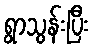
ရွာသွန်းပြီး